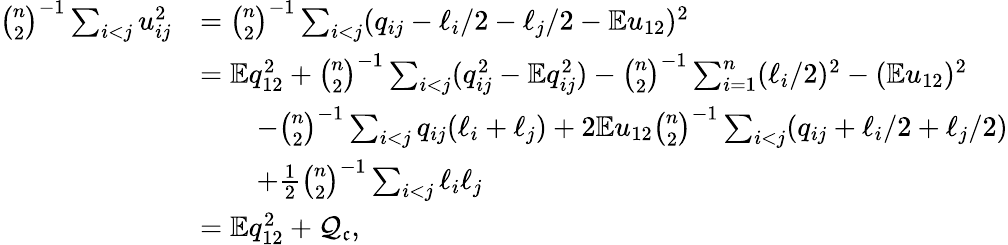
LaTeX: \begin{array}{rl}{\binom{n}{2}^{-1}\sum_{i<j}u_{ij}^{2}}&{=\binom{n}{2}^{-1}\sum_{i<j}(q_{ij}-\ell_{i}/2-\ell_{j}/2-\mathbb{E}u_{12})^{2}}\\ &{=\mathbb{E}q_{12}^{2}+\binom{n}{2}^{-1}\sum_{i<j}(q_{ij}^{2}-\mathbb{E}q_{ij}^{2})-\binom{n}{2}^{-1}\sum_{i=1}^{n}(\ell_{i}/2)^{2}-(\mathbb{E}u_{12})^{2}}\\ &{\qquad-\binom{n}{2}^{-1}\sum_{i<j}q_{ij}(\ell_{i}+\ell_{j})+2\mathbb{E}u_{12}\binom{n}{2}^{-1}\sum_{i<j}(q_{ij}+\ell_{i}/2+\ell_{j}/2)}\\ &{\qquad+\frac{1}{2}\binom{n}{2}^{-1}\sum_{i<j}\ell_{i}\ell_{j}}\\ &{=\mathbb{E}q_{12}^{2}+\mathcal{Q}_{\mathfrak{c}},}\end{array}